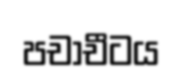
පචාචීටය